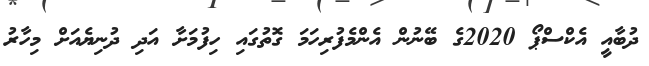
ދުބާއީ އެކްސްޕޯ 2020ގެ ބޭނުން އެންމެފުރިހަމަ ގޮތުގައި ހިފުމަށާ އަދި ދުނިޔެއަށް މިހާރު